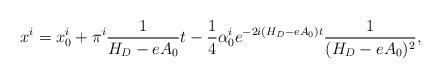
LaTeX: \begin{align*}x^i = x_0^i + \pi^i\frac 1{H_D - eA_0}t -\frac 14\alpha_0^i e^{-2i(H_D - eA_0)t}\frac 1{(H_D-eA_0)^2},\end{align*}